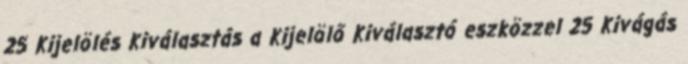
25 Kijelölés Kiválasztás a Kijelölő Kiválasztó eszközzel 25 Kivágás